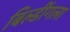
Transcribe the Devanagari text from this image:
बिल्डींगला